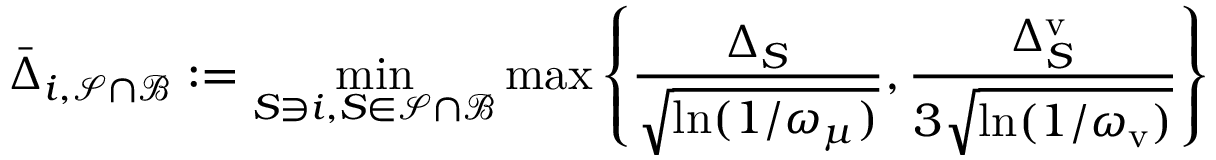
\bar { \Delta } _ { i , \mathcal { S } \cap \mathcal { B } } : = \operatorname* { m i n } _ { S \ni i , S \in \mathcal { S } \cap \mathcal { B } } \operatorname* { m a x } \left\{ \frac { \Delta _ { S } } { \sqrt { \ln ( 1 / \omega _ { \mu } ) } } , \frac { \Delta _ { S } ^ { \mathrm { v } } } { 3 \sqrt { \ln ( 1 / \omega _ { \mathrm { v } } ) } } \right\}